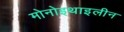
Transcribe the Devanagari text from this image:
मोनोइथाइलीन